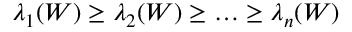
\lambda _ { 1 } ( W ) \ge \lambda _ { 2 } ( W ) \ge \ldots \ge \lambda _ { n } ( W )